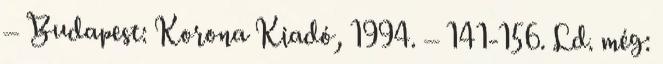
– Budapest: Korona Kiadó, 1994. – 141-156. Ld. még: